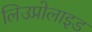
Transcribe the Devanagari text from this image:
लिउप्रोलाइड